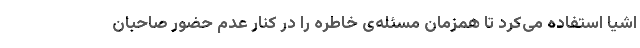
اشیا استفاده می‌کرد تا همزمان مسئله‌ی خاطره را در کنار عدم حضور صاحبان